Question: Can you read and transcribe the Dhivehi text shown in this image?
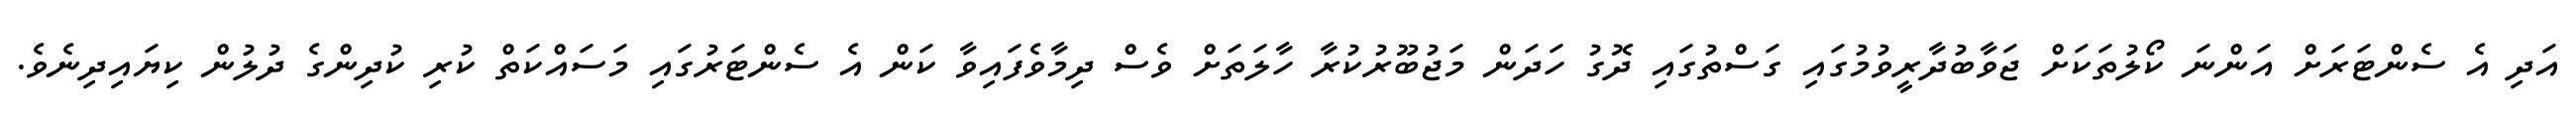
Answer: އަދި އެ ސެންޓަރަށް އަންނަ ކޯލުތަކަށް ޖަވާބުދާރީވުމުގައި ގަސްތުގައި ދޮގު ހަދަން މަޖުބޫރުކުރާ ހާލަތަށް ވެސް ދިމާވެފައިވާ ކަން އެ ސެންޓަރުގައި މަސައްކަތް ކުރި ކުދިންގެ ދުލުން ކިޔައިދިނެވެ.